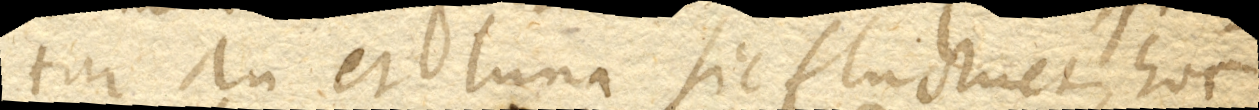
tur an et luna sic fluctuet, hoc